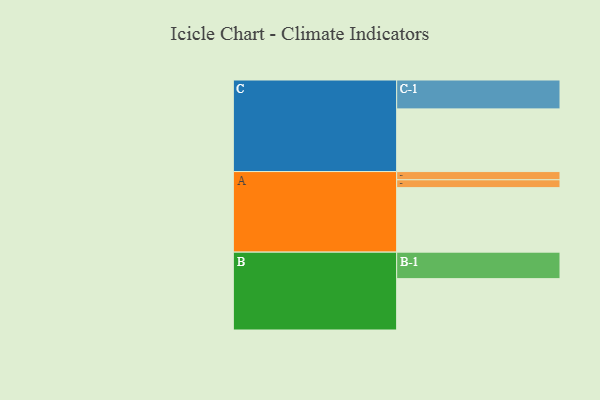
{"axis": {"x": "Segment", "y": "Value"}, "legend": ["", "A", "B", "C"], "data": [{"x": "A", "y": 574, "type": ""}, {"x": "B", "y": 457, "type": ""}, {"x": "C", "y": 558, "type": ""}, {"x": "A-1", "y": 73, "type": "A"}, {"x": "A-2", "y": 70, "type": "A"}, {"x": "B-1", "y": 236, "type": "B"}, {"x": "C-1", "y": 257, "type": "C"}]}